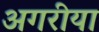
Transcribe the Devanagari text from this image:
अगरीया